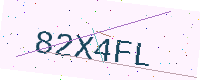
Text: 82X4FL